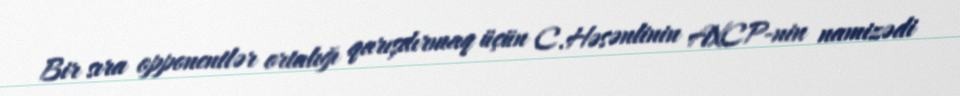
Bir sıra opponentlər ortalığı qarışdırmaq üçün C.Həsənlinin AXCP-nin namizədi